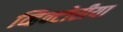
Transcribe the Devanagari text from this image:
व्हिक्टोरीया